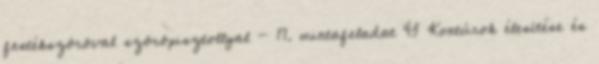
festékszóróval szórópisztollyal - 17. mintafeladat 43 Kontúrok élesítése és